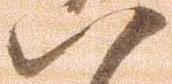
八